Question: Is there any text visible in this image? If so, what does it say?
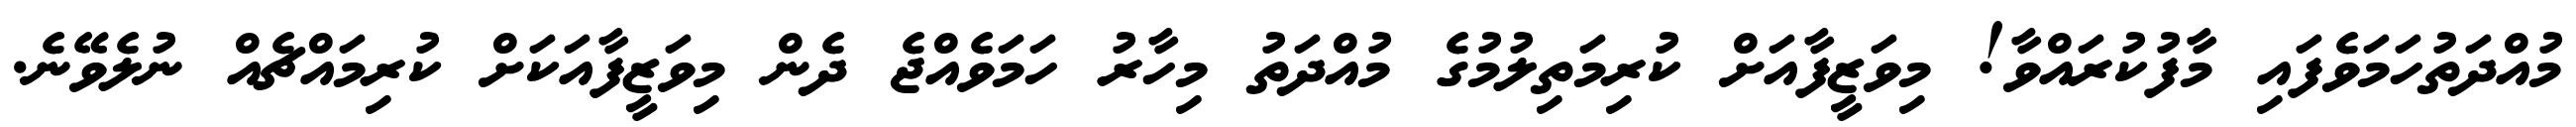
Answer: މުއްދަތުހަމަވެފައި މާފުކުރައްވާ! މިވަޒީފާއަށް ކުރިމަތިލުމުގެ މުއްދަތު މިހާރު ހަމަވެއްޖެ ދެން މިވަޒީފާއަކަށް ކުރިމައްޗެއް ނުލެވޭނެ.